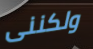
ولكننى